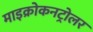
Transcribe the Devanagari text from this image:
माइक्रोकनट्रोलर